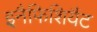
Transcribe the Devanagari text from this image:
इनैफिशियैंट